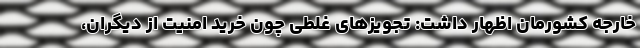
خارجه کشورمان اظهار داشت: تجویزهای غلطی چون خرید امنیت از دیگران،